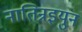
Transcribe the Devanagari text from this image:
नातिन्रइयुन